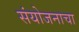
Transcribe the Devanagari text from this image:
संयोजनाचा